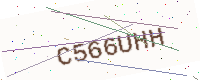
Text: C566UHH